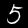
Label: 5